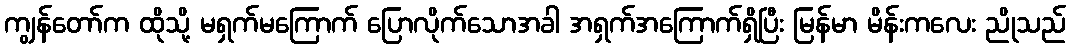
ကျွန်တော်က ထိုသို့ မရှက်မကြောက် ပြောလိုက်သောအခါ အရှက်အကြောက်ရှိပြီး မြန်မာ မိန်းကလေး ညိုသည်